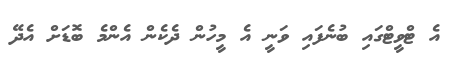
އެ ޓްވީޓްގައި ބުނެފައި ވަނީ އެ މީހުން ދެކެން އެންމެ ބޮޑަށް އެދޭ